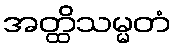
အတ္ထိသမ္မတံ